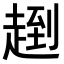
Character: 𧼤